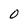
Character: 0